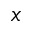
x